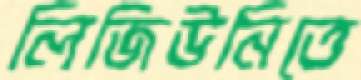
লিজিউনিতে